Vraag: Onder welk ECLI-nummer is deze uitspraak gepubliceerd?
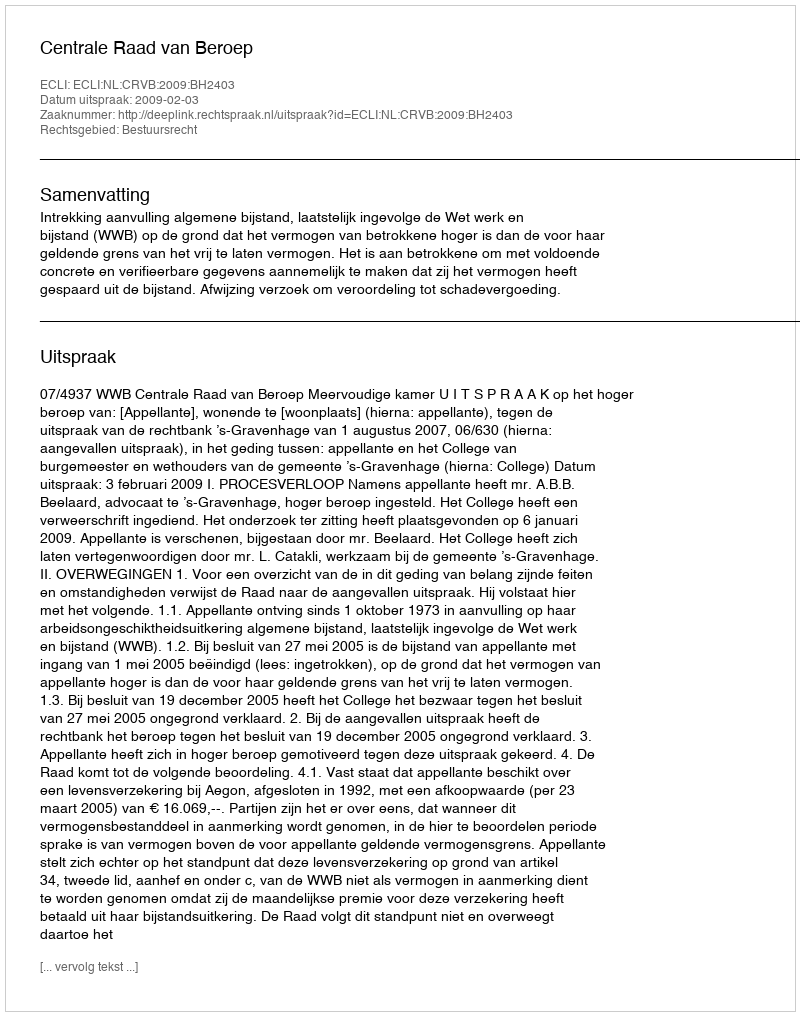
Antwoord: ECLI:NL:CRVB:2009:BH2403